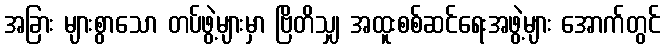
အခြား များစွာသော တပ်ဖွဲ့များမှာ ဗြိတိသျှ အထူးစစ်ဆင်ရေးအဖွဲ့များ အောက်တွင်